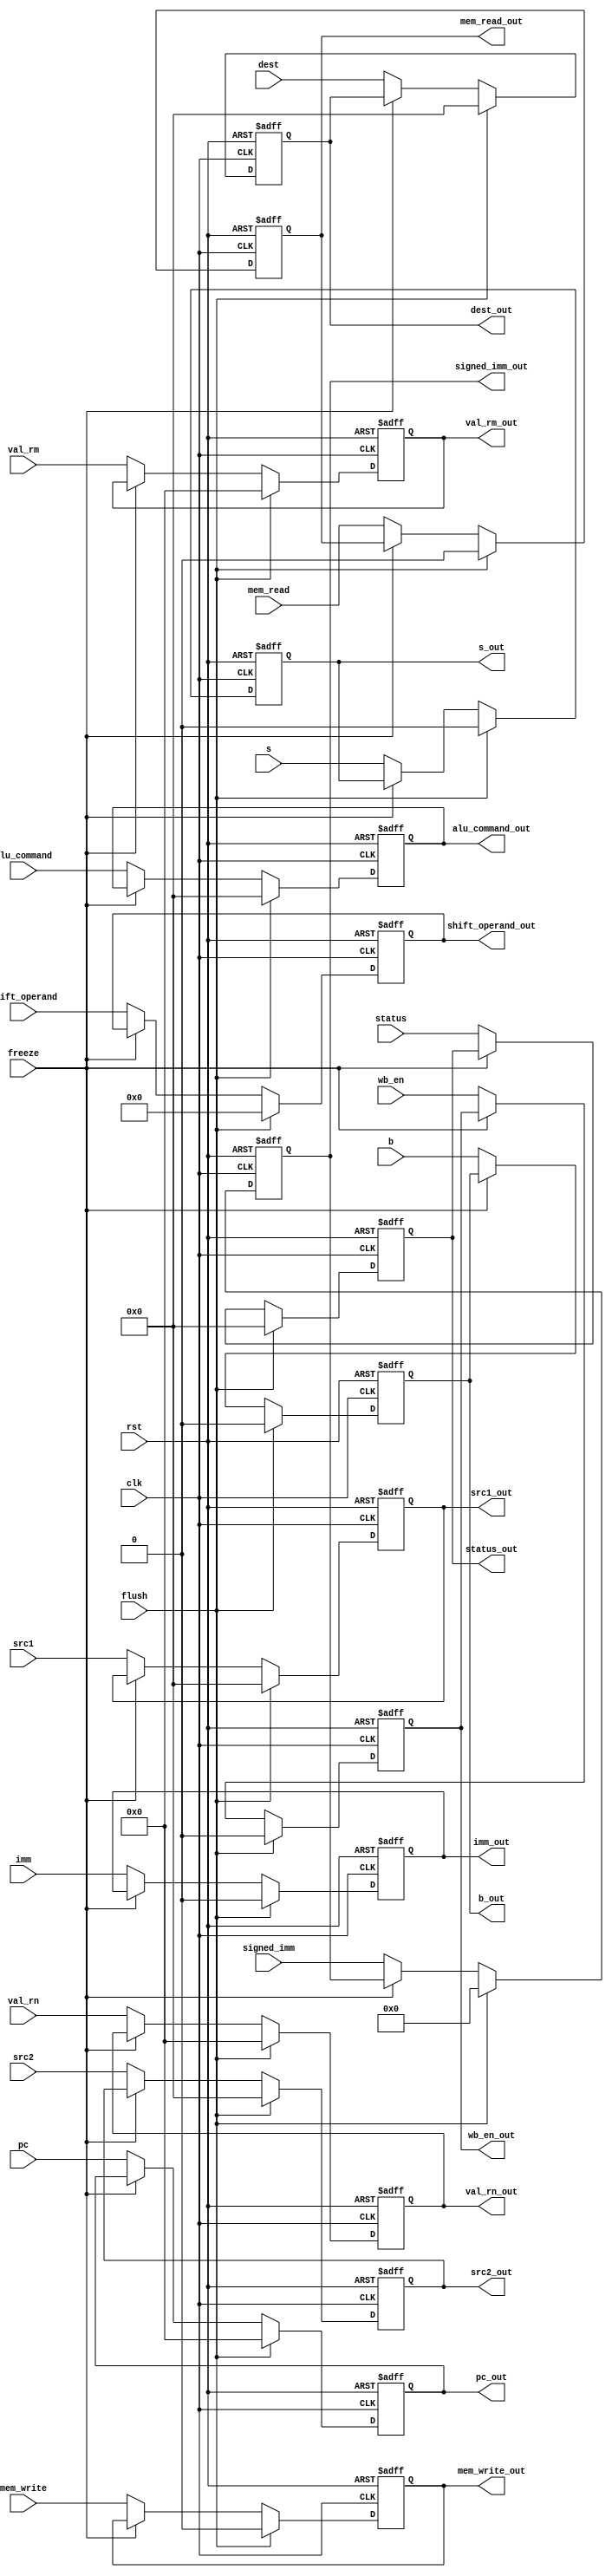
module IDReg (
    clk,
    rst,
    freeze,
    pc,
    wb_en,
    mem_read,
    mem_write,
    alu_command,
    b,
    s,
    val_rn,
    val_rm,
    shift_operand,
    imm,
    signed_imm,
    dest,
    flush,
    status,
    src1,
    src2,
    wb_en_out,
    mem_read_out,
    mem_write_out,
    alu_command_out,
    b_out,
    s_out,
    val_rn_out,
    val_rm_out,
    shift_operand_out,
    imm_out,
    signed_imm_out,
    dest_out,
    status_out,
    pc_out,
    src1_out,
    src2_out
);
    input clk, rst, wb_en, mem_read, b, s, imm, flush, mem_write, freeze;
    input [3:0] alu_command, dest, status, src1, src2;
    input [11:0] shift_operand;
    input [23:0] signed_imm;
    input [31:0] pc, val_rm, val_rn;
    
    output reg wb_en_out, mem_read_out, b_out, s_out, imm_out, mem_write_out;
    output reg [3:0] alu_command_out, dest_out, status_out, src1_out, src2_out;
    output reg [11:0] shift_operand_out;
    output reg [23:0] signed_imm_out;
    output reg [31:0] pc_out, val_rm_out, val_rn_out;

    //TODO: add flush

    always @(posedge clk, posedge rst) begin
        if (rst) begin
            val_rm_out <= 32'd0;
            val_rn_out <= 32'd0;
            shift_operand_out <= 12'd0;
            signed_imm_out <= 24'd0;
            {wb_en_out, mem_read_out, mem_write_out, b_out, s_out, imm_out} <= 6'd0;
            pc_out <= 32'd0;
            alu_command_out <= 4'd0;
            dest_out <= 4'd0;
            status_out <= 4'd0;
            {src1_out, src2_out} <= 8'd0;
        end
		  else if (flush) begin
            val_rm_out <= 32'd0;
            val_rn_out <= 32'd0;
            shift_operand_out <= 12'd0;
            signed_imm_out <= 24'd0;
            {wb_en_out, mem_read_out, mem_write_out, b_out, s_out, imm_out} <= 6'd0;
            pc_out <= 32'd0;
            alu_command_out <= 4'd0;
            dest_out <= 4'd0;
            status_out <= 4'd0;
            {src1_out, src2_out} <= 8'd0;
        end
        else if(~freeze) begin
            val_rm_out <= val_rm;
            val_rn_out <= val_rn;
            shift_operand_out <= shift_operand;
            signed_imm_out <= signed_imm;
            wb_en_out <= wb_en;
            mem_read_out <= mem_read;
            b_out <= b;
            s_out <= s;
            imm_out <= imm;
            alu_command_out <= alu_command;
            dest_out <= dest;
            mem_write_out <= mem_write;
            status_out <= status;
            pc_out <= pc;
            src1_out <= src1;
            src2_out <= src2;
        end
    end
endmodule